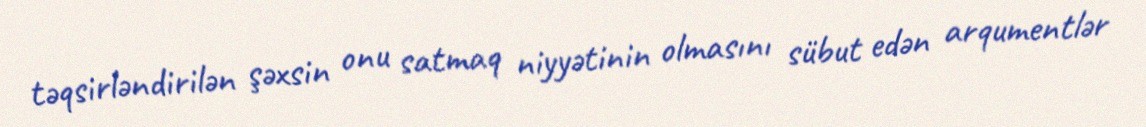
təqsirləndirilən şəxsin onu satmaq niyyətinin olmasını sübut edən arqumentlər